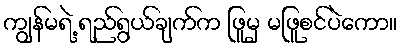
ကျွန်မရဲ့ ရည်ရွယ်ချက်က ဖြူမှ မဖြူစင်ပဲကော။